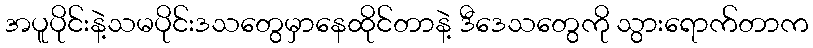
အပူပိုင်းနဲ့သမပိုင်းဒသတွေမှာနေထိုင်တာနဲ့ ဒီဒေသတွေကို သွားရောက်တာက